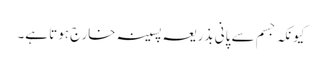
کیونکہ جسم سے پانی بذریعہ پسینہ خارج ہوتا ہے۔